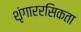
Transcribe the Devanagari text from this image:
शृंगाररसिकता